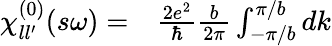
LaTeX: \begin{array}{rl}{\chi_{ll^{\prime}}^{(0)}(s\omega)=}&{{}\frac{2e^{2}}{\hbar}\frac{b}{2\pi}\int_{-\pi/b}^{\pi/b}dk}\end{array}